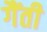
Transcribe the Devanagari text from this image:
गैंती